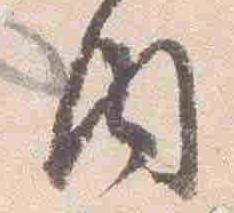
内